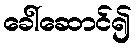
ခေါ်ဆောင်၍